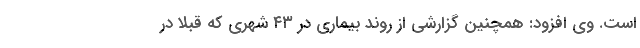
است. وی افزود: همچنین گزارشی از روند بیماری در ۴۳ شهری که قبلا در